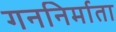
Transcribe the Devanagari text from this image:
गननिर्माता